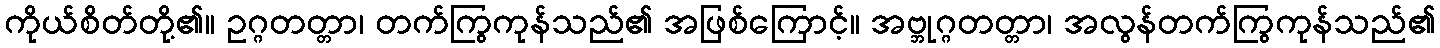
ကိုယ်စိတ်တို့၏။ ဥဂ္ဂတတ္တာ၊ တက်ကြွကုန်သည်၏ အဖြစ်ကြောင့်။ အဗ္ဘုဂ္ဂတတ္တာ၊ အလွန်တက်ကြွကုန်သည်၏